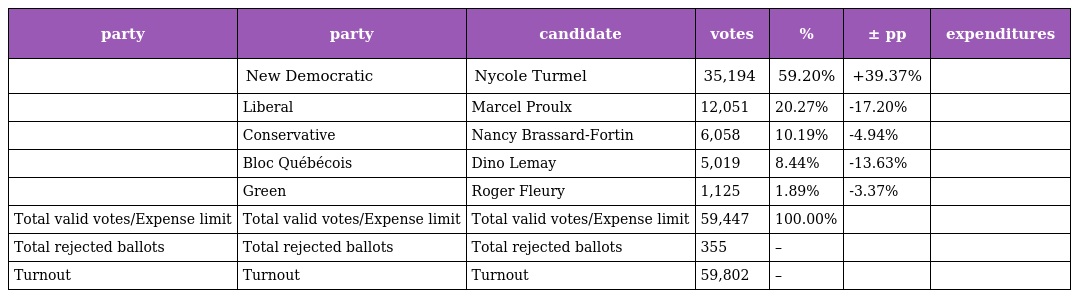
| party | party | candidate | votes | % | ± pp | expenditures |
 | --- | --- | --- | --- | --- | --- | --- |
 |  | New Democratic | Nycole Turmel | 35,194 | 59.20% | +39.37% |  |
 |  | Liberal | Marcel Proulx | 12,051 | 20.27% | -17.20% |  |
 |  | Conservative | Nancy Brassard-Fortin | 6,058 | 10.19% | -4.94% |  |
 |  | Bloc Québécois | Dino Lemay | 5,019 | 8.44% | -13.63% |  |
 |  | Green | Roger Fleury | 1,125 | 1.89% | -3.37% |  |
 | Total valid votes/Expense limit | Total valid votes/Expense limit | Total valid votes/Expense limit | 59,447 | 100.00% |  |  |
 | Total rejected ballots | Total rejected ballots | Total rejected ballots | 355 | – |  |  |
 | Turnout | Turnout | Turnout | 59,802 | – |  |  |